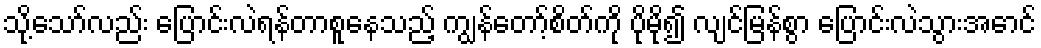
သို့သော်လည်း ပြောင်းလဲရန်တာစူနေသည့် ကျွန်တော့်စိတ်ကို ပိုမို၍ လျင်မြန်စွာ ပြောင်းလဲသွားအောင်